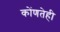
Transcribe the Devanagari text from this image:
कोंणतेही